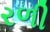
રળી